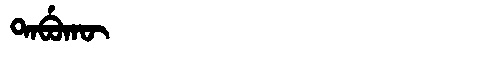
Manchu: ᡨᠠᠪᡠᡴᡡ
Romanization: TABUKŪ